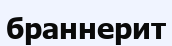
браннерит